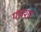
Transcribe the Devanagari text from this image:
पंचशर